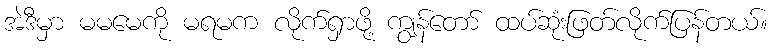
အဲဒီမှာ မမမေကို မရမက လိုက်ရှာဖို့ ကျွန်တော် ထပ်ဆုံးဖြတ်လိုက်ပြန်တယ်။